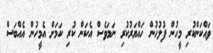
ވައްކަންކުރި މީހުން ފުލުހުން ހައްޔަރުކުރި ނަމަވެސް އެކަން ކުރި ކަމަށް އެމީހުން އެއްބަސް